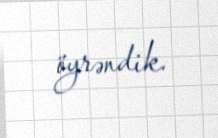
öyrəndik.